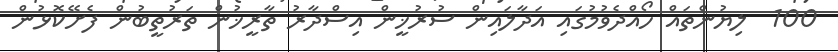
100  ލިޔުންތައް ހޯއްދެވުމުގައި އަދާލައިން ސުރުޚީން އިސްދާރު ތާރީޚުން ތަރުތީބުން ފެށޭކޮޅުން